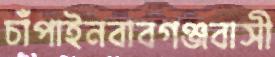
চাঁপাইনবাবগঞ্জবাসী